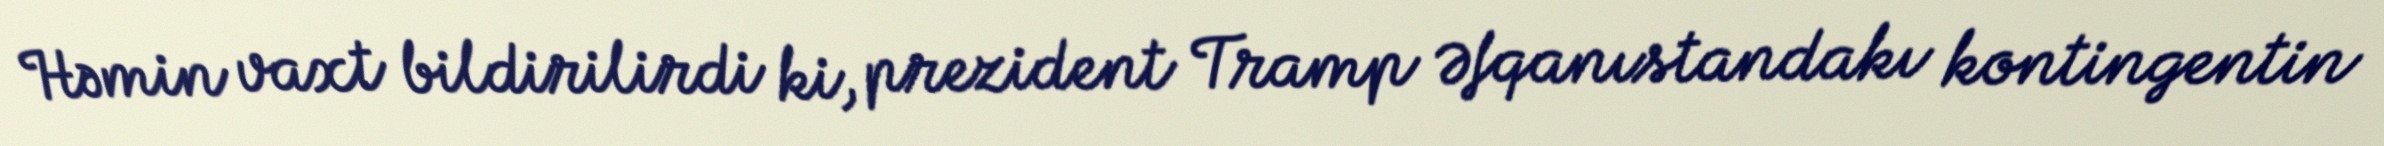
Həmin vaxt bildirilirdi ki, prezident Tramp Əfqanıstandakı kontingentin